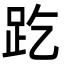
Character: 趷